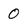
Character: 0